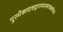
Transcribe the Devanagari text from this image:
पुरमेकादशद्वारमजस्यावक्रचेतसः